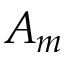
A _ { m }